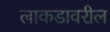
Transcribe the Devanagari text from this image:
लाकडावरील